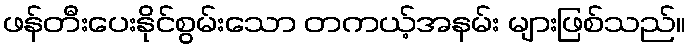
ဖန်တီးပေးနိုင်စွမ်းသော တကယ့်အနမ်း များဖြစ်သည်။